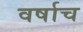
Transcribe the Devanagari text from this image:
वर्षाच